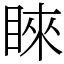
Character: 睞